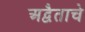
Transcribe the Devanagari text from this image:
अद्वैताचे